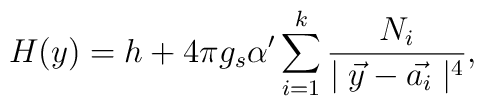
H(y)=h+4 \pi g_s \alpha^\prime \sum_{i=1}^k \frac{N_i}  {\mid\vec{y}-\vec{a_i}\mid^4},